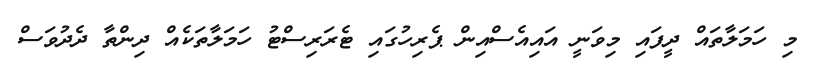
މި ހަމަލާތައް ދީފައި މިވަނީ އައިއެސްއިން ޕެރިހުގައި ޓެރަރިސްޓު ހަމަލާތަކެއް ދިންތާ ދެދުވަސް